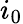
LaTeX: i_{0}